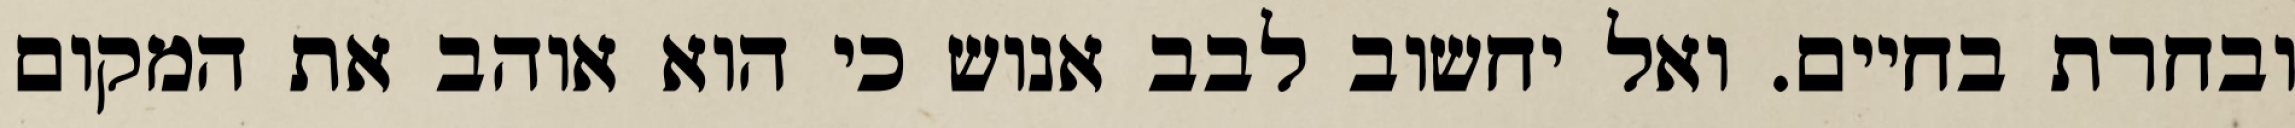
ובחרת בחיים. ואל יחשוב לבב אנוש כי הוא אוהב את המקום